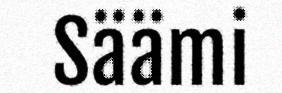
Säämi